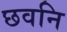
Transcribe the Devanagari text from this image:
छवनि